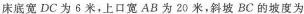
床底宽DC 为6米，上口宽AB为20米，斜坡BC的坡度为